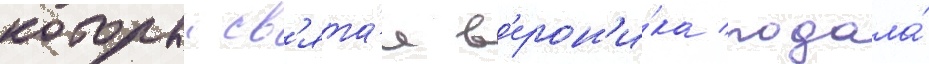
которыи св'ята́я в'ерон'и́ка подала́